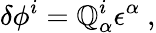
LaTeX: \delta\phi^{i}=\mathbb{Q}_{\alpha}^{i}\epsilon^{\alpha}\ ,